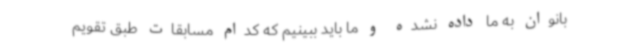
بانوان به ما داده نشده و ما باید ببینیم که کدام مسابقات طبق تقویم